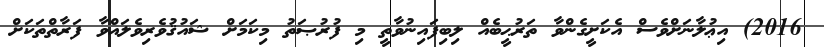
2016) އިޢުލާނަށްވެސް އެކަށީގެންވާ ތަރުޙީބެއް ލިބިފައިނުވާތީ މި ފުރުޞަތު މިކަމަށް ޝައުޤުވެރިވެލައްވާ ފަރާތްތަކަށް